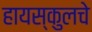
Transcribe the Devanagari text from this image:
हायस्‍कुलचे